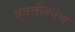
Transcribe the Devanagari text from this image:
धवलीकरण